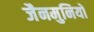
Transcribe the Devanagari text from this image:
जैनमुनियों